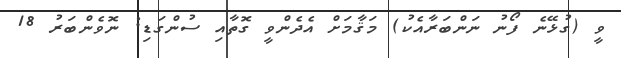
ވީ (ގުޅޭނެ ފޯނު ނަންބަރާއެކު) މަޤާމަށް އެދެންވީ ގޮތާއި ސުންގަޑި: ނޮވެންބަރު 18